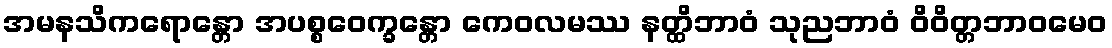
အမနသိကရောန္တော အပစ္စဝေက္ခန္တော ကေဝလမဿ နတ္ထိဘာဝံ သုညဘာဝံ ဝိဝိတ္တဘာဝမေဝ